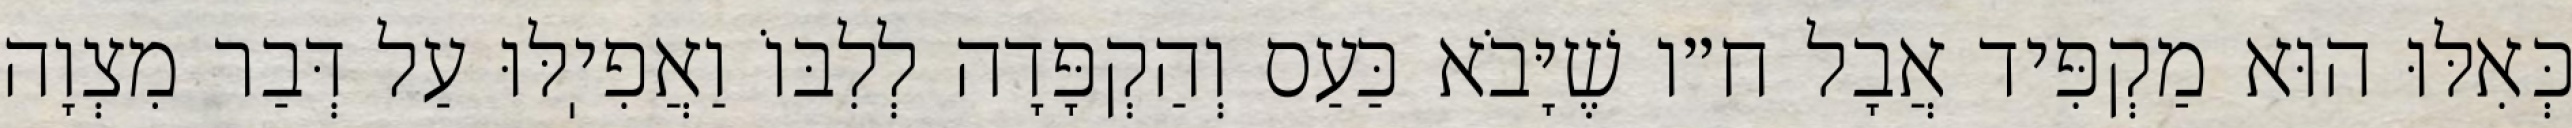
כְּאִלּוּ הוּא מַקְפִּיד אֲבָל ח״ו שֶׁיָּבֹא כַּעַס וְהַקְפָּדָה לְלִבּוֹ וַאֲפִיֽלּוּ עַל דְּבַר מִצְוָה